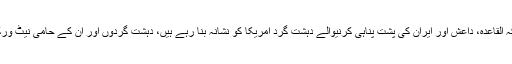
امریکی وزیرخارجہ مائیک پومپیو نے بھی کہا کہ القاعدہ، داعش اور ایران کی پشت پناہی کرنیوالے دہشت گرد امریکا کو نشانہ بنا رہے ہیں، دہشت گردوں اور ان کے حامی نیٹ ورکس کیخلاف تمام وسائل استعمال کئے جائیں گے۔